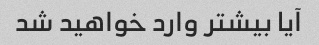
آیا بیشتر وارد خواهید شد